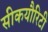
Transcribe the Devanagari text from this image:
सीकयौरिटी